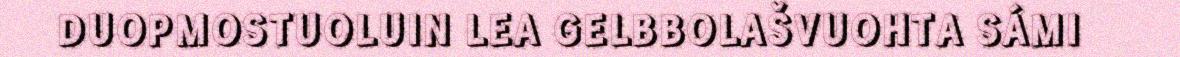
DUOPMOSTUOLUIN LEA GELBBOLAŠVUOHTA SÁMI